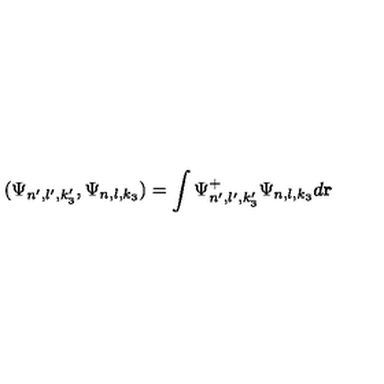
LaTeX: ( \Psi _ { n ^ { \prime } , l ^ { \prime } , k _ { 3 } ^ { \prime } } , \Psi _ { n , l , k _ { 3 } } ) = \int \Psi _ { n ^ { \prime } , l ^ { \prime } , k _ { 3 } ^ { \prime } } ^ { + } \Psi _ { n , l , k _ { 3 } } d { \bf r }